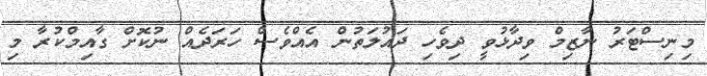
މިނިސްޓަރު ނާޒިމް ވިދާޅުވީ ދިވެހި ދައުލަތުން އެއްވެސް ހަރަދެއް ނުކޮށް ގާއިމްކުރާ މި